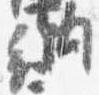
納